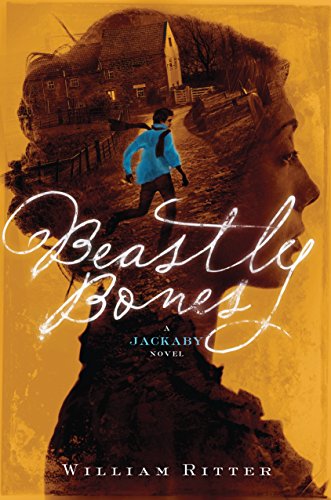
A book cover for Beastly Bones: A Jackaby Novel; William Ritter; Teen & Young Adult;